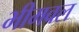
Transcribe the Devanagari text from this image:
भीमवल